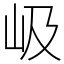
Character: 岋